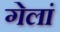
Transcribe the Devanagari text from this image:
गेलां